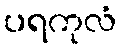
ပရကုလံ